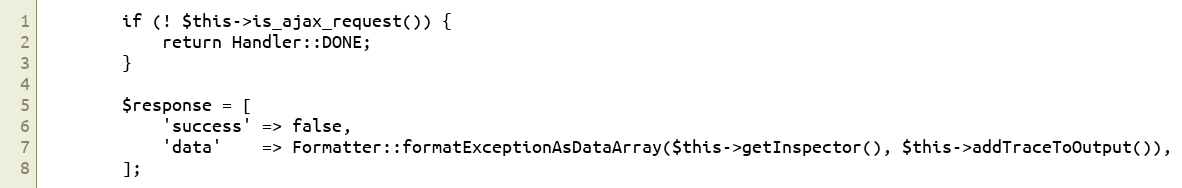
Language: PHP
        if (! $this->is_ajax_request()) {
            return Handler::DONE;
        }

        $response = [
            'success' => false,
            'data'    => Formatter::formatExceptionAsDataArray($this->getInspector(), $this->addTraceToOutput()),
        ];